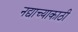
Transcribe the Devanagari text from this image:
नद्याच्याकाठी